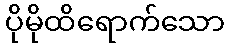
ပိုမိုထိရောက်သော